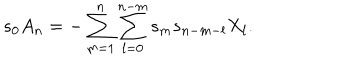
LaTeX: s _ { 0 } A _ { n } = - \sum _ { m = 1 } ^ { n } \sum _ { l = 0 } ^ { n - m } s _ { m } s _ { n - m - l } X _ { l } .